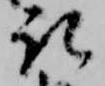
取